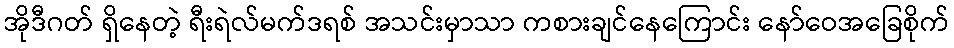
အိုဒီဂတ် ရှိနေတဲ့ ရီးရဲလ်မက်ဒရစ် အသင်းမှာသာ ကစားချင်နေကြောင်း နော်ဝေအခြေစိုက်